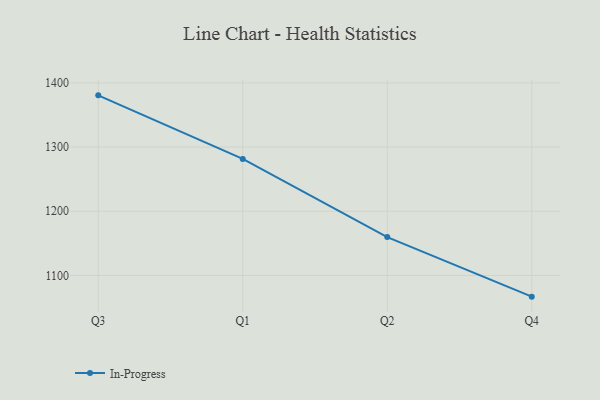
{"axis": {"x": "Quarter", "y": "Customer Acquisition Cost (USD)"}, "legend": ["In-Progress"], "data": [{"x": "Q3", "y": 1380.6, "type": "In-Progress"}, {"x": "Q1", "y": 1281.5, "type": "In-Progress"}, {"x": "Q2", "y": 1159.7, "type": "In-Progress"}, {"x": "Q4", "y": 1066.9, "type": "In-Progress"}]}